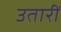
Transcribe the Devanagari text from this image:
उतारीं